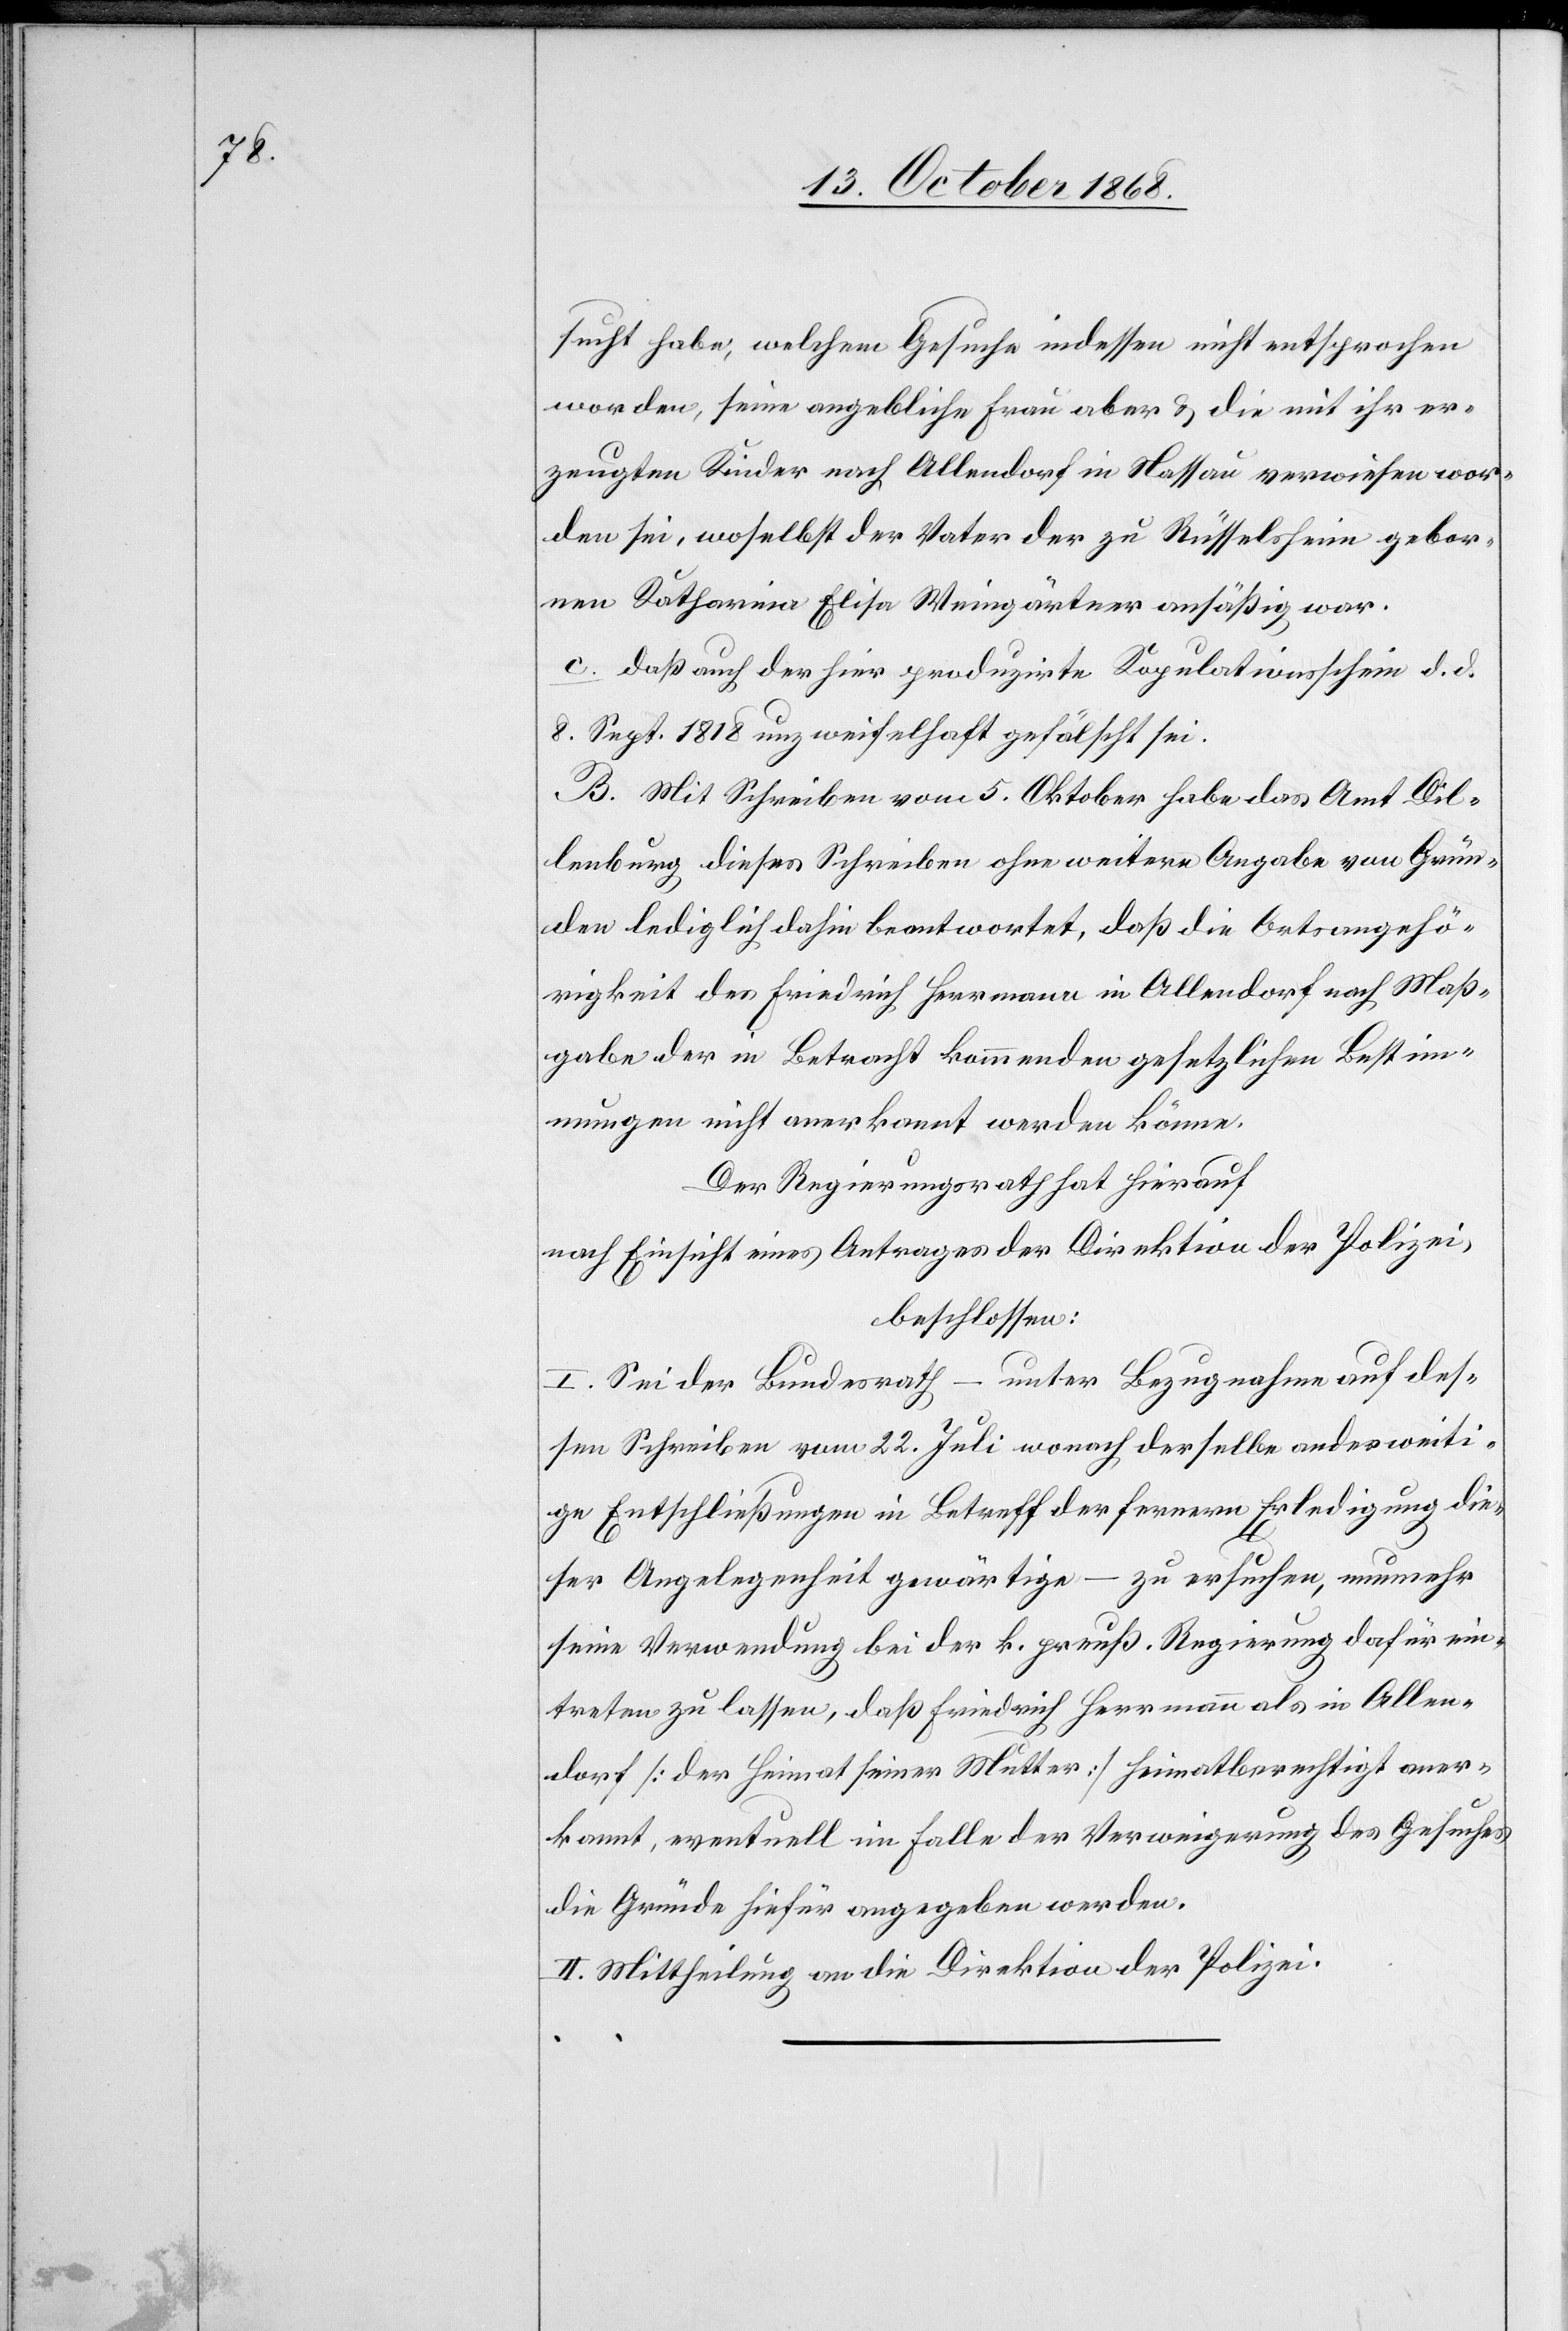
sucht habe, welchem Gesuche indessen nicht entsprochen
worden, seine angebliche Frau aber & die mit ihr er¬
zeugten Kinder nach Allendorf in Nassau verwiesen wor¬
den sei, woselbst der Vater der zu Rüsselsheim gebor¬
nen Katharina Elisa Weingärtner ansäßig war.
daß auch der hier produzirte Kopulationsschein d. d.
8. Sept. 1818 unzweifelhaft gefälscht sei.
B. Mit Schreiben vom 5. Oktober habe das Amt Dil¬
lenburg dieses Schreiben ohne weitere Angabe von Grün¬
den lediglich dahin beantwortet, daß die Ortsangehö¬
rigkeit des Friedrich Herrmann in Allendorf nach Maß¬
gabe der in Betracht kommenden gesetzlichen Bestim¬
mungen nicht anerkannt werden könne.
Der Regierungsrath hat hierauf
nach Einsicht eines Antrages der Direktion der Polizei,
beschlossen:
I. Sei der Bundesrath – unter Bezugnahme auf des¬
sen Schreiben vom 22. Juli wonach derselbe anderweiti¬
ge Entschließungen in Betreff der fernern Erledigung die¬
ser Angelegenheit gewärtige – zu ersuchen, nunmehr
seine Verwendung bei der k. preuß. Regierung dafür ein¬
treten zu lassen, daß Friedrich Herrmann als in Allen¬
dorf [der Heimat seiner Mutter] heimatberechtigt aner¬
kannt, eventuell im Falle der Verweigerung des Gesuches
die Gründe hiefür angegeben werden.
II. Mittheilung an die Direktion der Polizei.